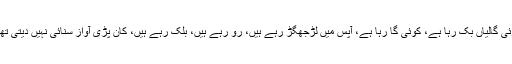
کوئی گالیاں بک رہا ہے، کوئی گا رہا ہے، آپس میں لڑجھگڑ رہے ہیں، رو رہے ہیں، بلک رہے ہیں، کان پڑی آواز سنائی نہیں دیتی تھی۔